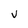
Character: V